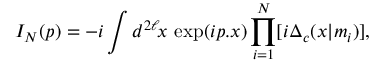
I _ { N } ( p ) = - i \int d ^ { 2 \ell } \! x \, \exp ( i p . x ) \prod _ { i = 1 } ^ { N } [ i \Delta _ { c } ( x | m _ { i } ) ] ,